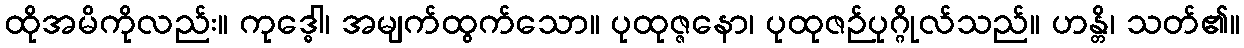
ထိုအမိကိုလည်း။ ကုဒ္ဓေါ၊ အမျက်ထွက်သော။ ပုထုဇ္ဇနော၊ ပုထုဇဉ်ပုဂ္ဂိုလ်သည်။ ဟန္တိ၊ သတ်၏။